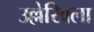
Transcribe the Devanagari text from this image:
उल्लेखिला